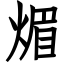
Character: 煝